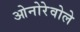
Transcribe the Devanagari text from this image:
ओनोरेवोले